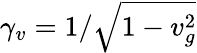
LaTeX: \gamma_{v}=1/\sqrt{1-v_{g}^{2}}